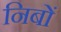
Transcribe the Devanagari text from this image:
निबों